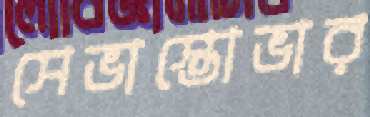
সেভাস্তোভার